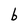
Character: b